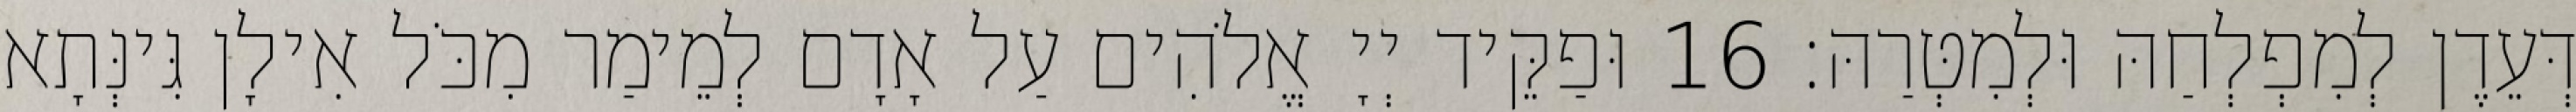
דְּעֵדֶן לְמִפְלְחַהּ וּלְמִטְּרַהּ׃ 16 וּפַקֵּיד יְיָ אֱלֹהִים עַל אָדָם לְמֵימַר מִכֹּל אִילָן גִּינְּתָא